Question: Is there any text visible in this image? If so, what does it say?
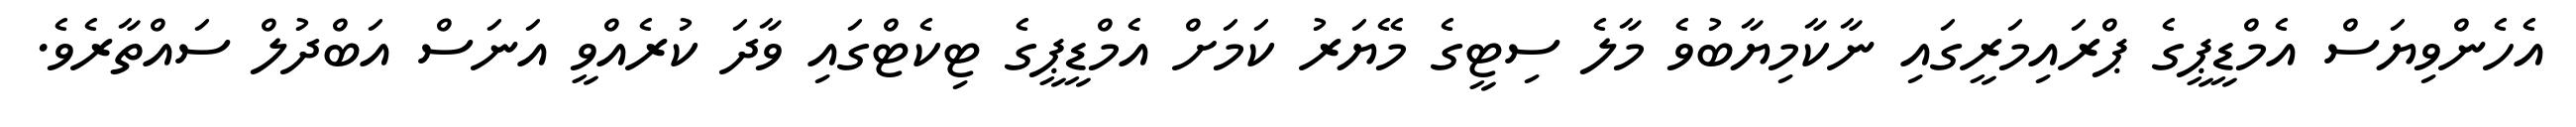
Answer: އެހެންވިޔަސް އެމްޑީޕީގެ ޕްރައިމަރީގައި ނާކާމިޔާބުވެ މާލެ ސިޓީގެ މޭޔަރު ކަމަށް އެމްޑީޕީގެ ޓިކެޓްގައި ވާދަ ކުރެއްވީ އަނަސް އަބްދުލް ސައްތާރެވެ.